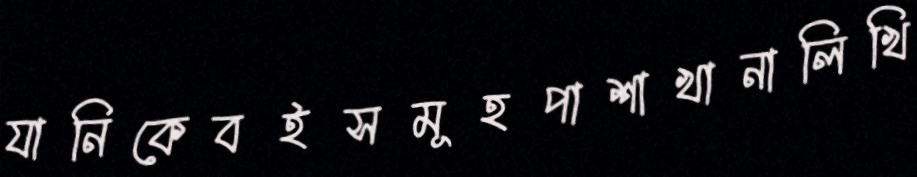
যানিকেবইসমূহপাশাখানালিখি